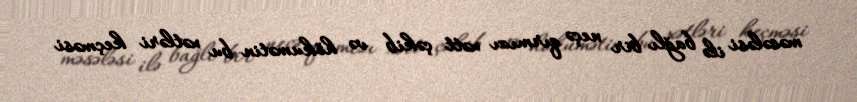
məsələsi ilə bağlı bir neçə qırmızı xətt çəkib və hökumətin bu xətləri keçməsi